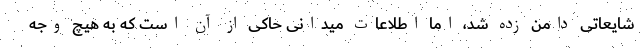
شایعاتی دامن زده شد، اما اطلاعات میدانی حاکی از آن است که به هیچ وجه